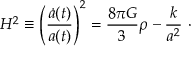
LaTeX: H ^ { 2 } \equiv \left( \frac { \dot { a } ( t ) } { a ( t ) } \right) ^ { 2 } = \frac { 8 \pi G } { 3 } \rho - \frac { k } { a ^ { 2 } } ~ \cdot